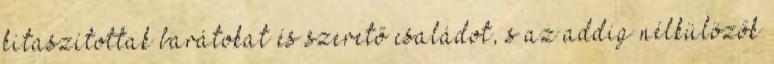
kitaszítottak barátokat és szerető családot, s az addig nélkülözők